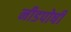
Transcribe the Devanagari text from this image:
नीडपोषी